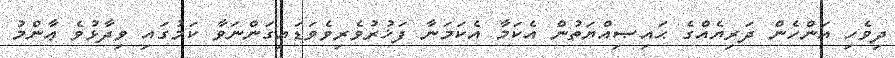
ދިވެހި އަންހެން ދަރިޔެއްގެ ޙައިޞިއްޔަތުން އެކަމާ އެކަމަނާ ފަޚުރުވެރިވެވަޑައިގަންނަވާ ކަމުގައި ވިދާޅުވެ ޢާންމު